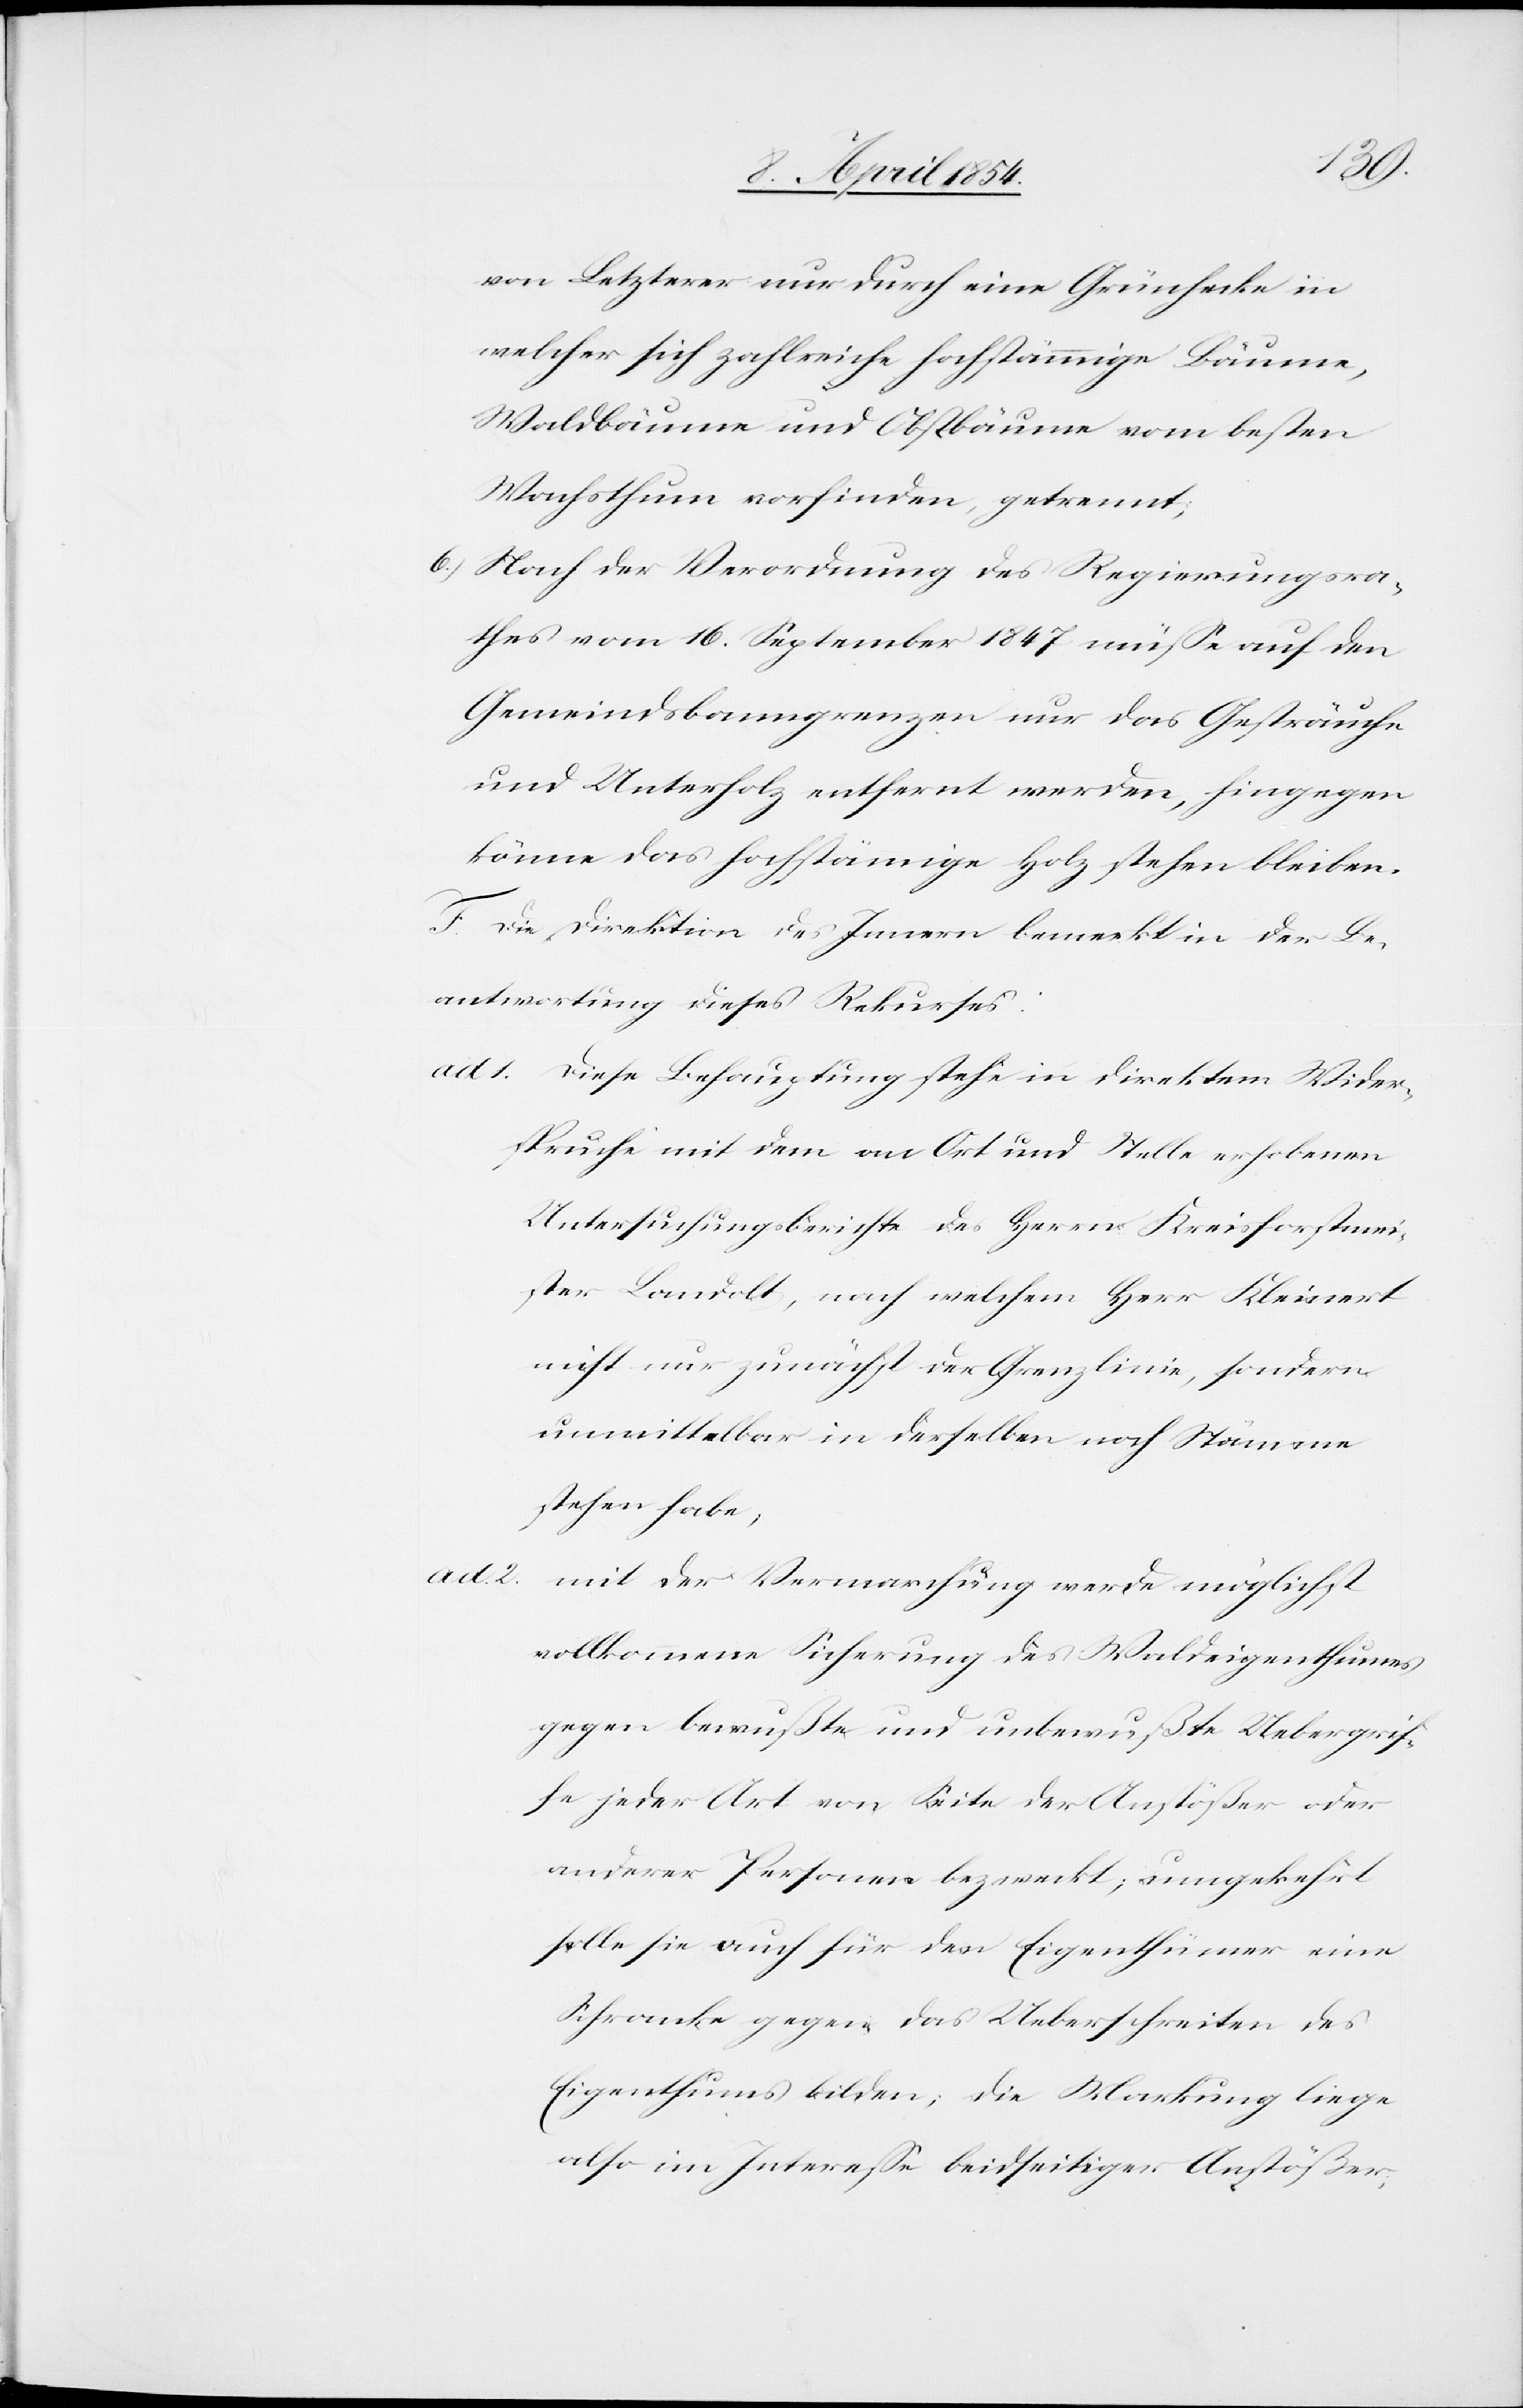
von Letzterer nur durch eine Grünhecke in
welcher sich zahlreiche hochstämmige Bäume,
Waldbäume und Obstbäume vom besten
Wachsthum vorfinden, getrennt;
6.) Nach der Verordnung des Regierungsra¬
thes vom 16. September 1847 müße auf den
Gemeindsbanngrenzen nur das Gesträuche
und Unterholz entfernt werden, hingegen
könne das hochstämmige Holz stehen bleiben.
F. Die Direktion des Innern bemerkt in der Be¬
antwortung dieses Rekurses:
ad. 1. Diese Behauptung stehe in direktem Wider¬
spruche mit dem an Ort und Stelle erhobenen
Untersuchungsberichte des Herrn Kreisforstmei¬
ster Landolt, nach welchem Herr Kleinert
nicht nur zunächst der Grenzlinie, sondern
unmittelbar in derselben noch Stämme
stehen habe,
ad. 2.
mit der Vermarchung werde möglichst
vollkommene Sicherung des Waldeigenthumes
gegen bewußte und unbewußte Uebergrif¬
fe jeder Art von Seite der Anstößer oder
anderer Personen bezweckt; umgekehrt
solle sie auch für den Eigenthümer eine
Schranke gegen das Ueberschreiten des
Eigenthums bilden; die Markung liege
also im Intereße beidseitiger Anstößer,